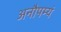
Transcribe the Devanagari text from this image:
अनौपम्यं